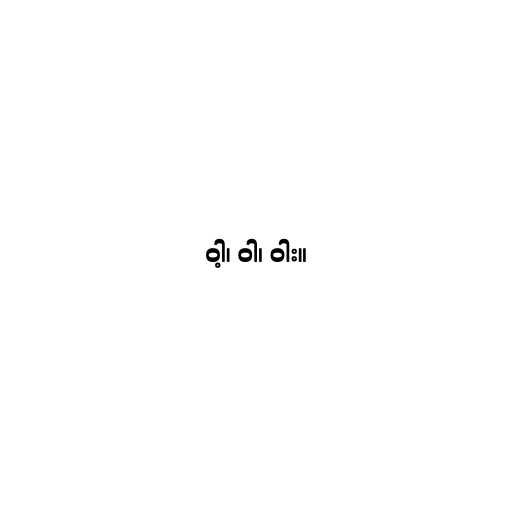
ဝါ့၊ ဝါ၊ ဝါး။